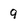
Character: 9